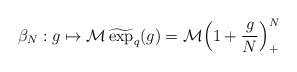
\begin{align*}\beta_N:g\mapsto\mathcal{M}\,\widetilde{\exp}_q(g)=\mathcal{M}\Big(1+\frac{g}{N}\Big)^N_+\end{align*}